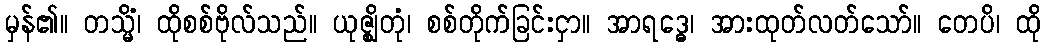
မှန်၏။ တသ္မိံ၊ ထိုစစ်ဗိုလ်သည်။ ယုဇ္ဈိတုံ၊ စစ်တိုက်ခြင်းငှာ။ အာရဒ္ဓေ၊ အားထုတ်လတ်သော်။ တေပိ၊ ထို